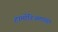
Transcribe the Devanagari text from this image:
हार्मोनिअमपासून